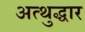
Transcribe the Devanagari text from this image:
अत्थुद्धार